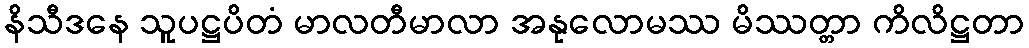
နိသီဒနေ သူပဋ္ဌပိတံ မာလတီမာလာ အနုလောမဿ မိဿတ္တာ ကိလိဋ္ဌတာ